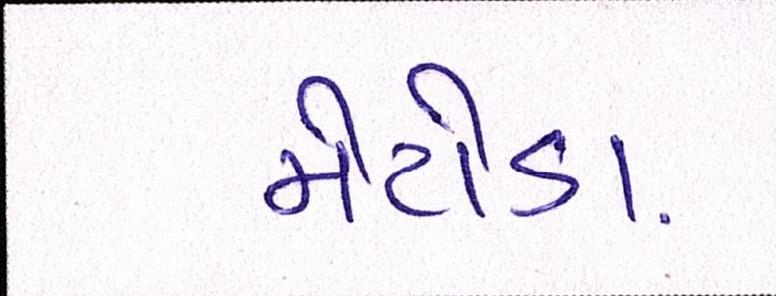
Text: મેટોડા